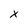
Character: X